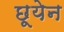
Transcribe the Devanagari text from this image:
छूयेन